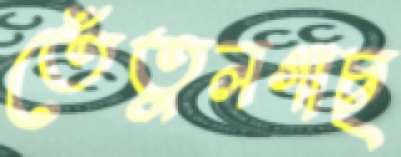
তেঁতুলগাছ